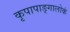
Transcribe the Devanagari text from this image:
कृपापाङ्गालोकं